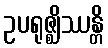
ဥပရုဇ္ဈိဿန္တိ